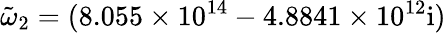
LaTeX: \tilde{\omega}_{2}=(8.055\times 10^{14}-4.8841\times 10^{12}\mathrm{{i})}